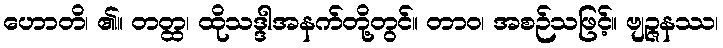
ဟောတိ၊ ၏။ တတ္ထ၊ ထိုသဒ္ဒါအနက်တို့တွင်။ တာဝ၊ အစဉ်သဖြင့်။ ဗျဉ္ဇနဿ၊